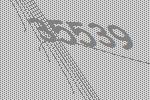
35539